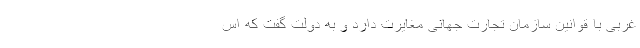
غربی با قوانین سازمان تجارت جهانی مغایرت دارد و به دولت گفت که اس